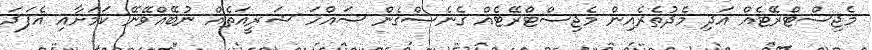
މެޖިސްޓްރޭޓެއް އަދި މެދުތެރެއިން މެޖިސްޓްރޭޓެއް ގެނެސްގެން ސައްހަ ޝަރީއަތެއް ނުބޭއްވޭނޭ ކަމަށާއި އެފަދަ